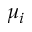
\mu _ { i }